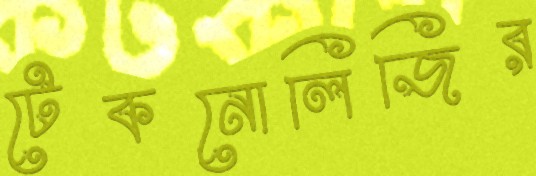
টেকনোলিজির